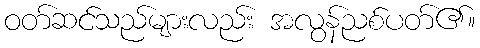
ဝတ်ဆင်သည်များလည်း အလွန်ညစ်ပတ်၏။